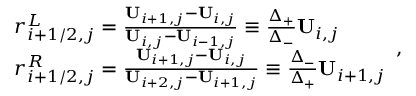
\begin{array} { r l } & { r _ { i + 1 / 2 , j } ^ { L } = \frac { \mathbf { U } _ { i + 1 , j } - \mathbf { U } _ { i , j } } { \mathbf { U } _ { i , j } - \mathbf { U } _ { i - 1 , j } } \equiv \frac { \Delta _ { + } } { \Delta _ { - } } \mathbf { U } _ { i , j } } \\ & { r _ { i + 1 / 2 , j } ^ { R } = \frac { \mathbf { U } _ { i + 1 , j } - \mathbf { U } _ { i , j } } { \mathbf { U } _ { i + 2 , j } - \mathbf { U } _ { i + 1 , j } } \equiv \frac { \Delta _ { - } } { \Delta _ { + } } \mathbf { U } _ { i + 1 , j } } \end{array} ,